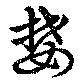
婪